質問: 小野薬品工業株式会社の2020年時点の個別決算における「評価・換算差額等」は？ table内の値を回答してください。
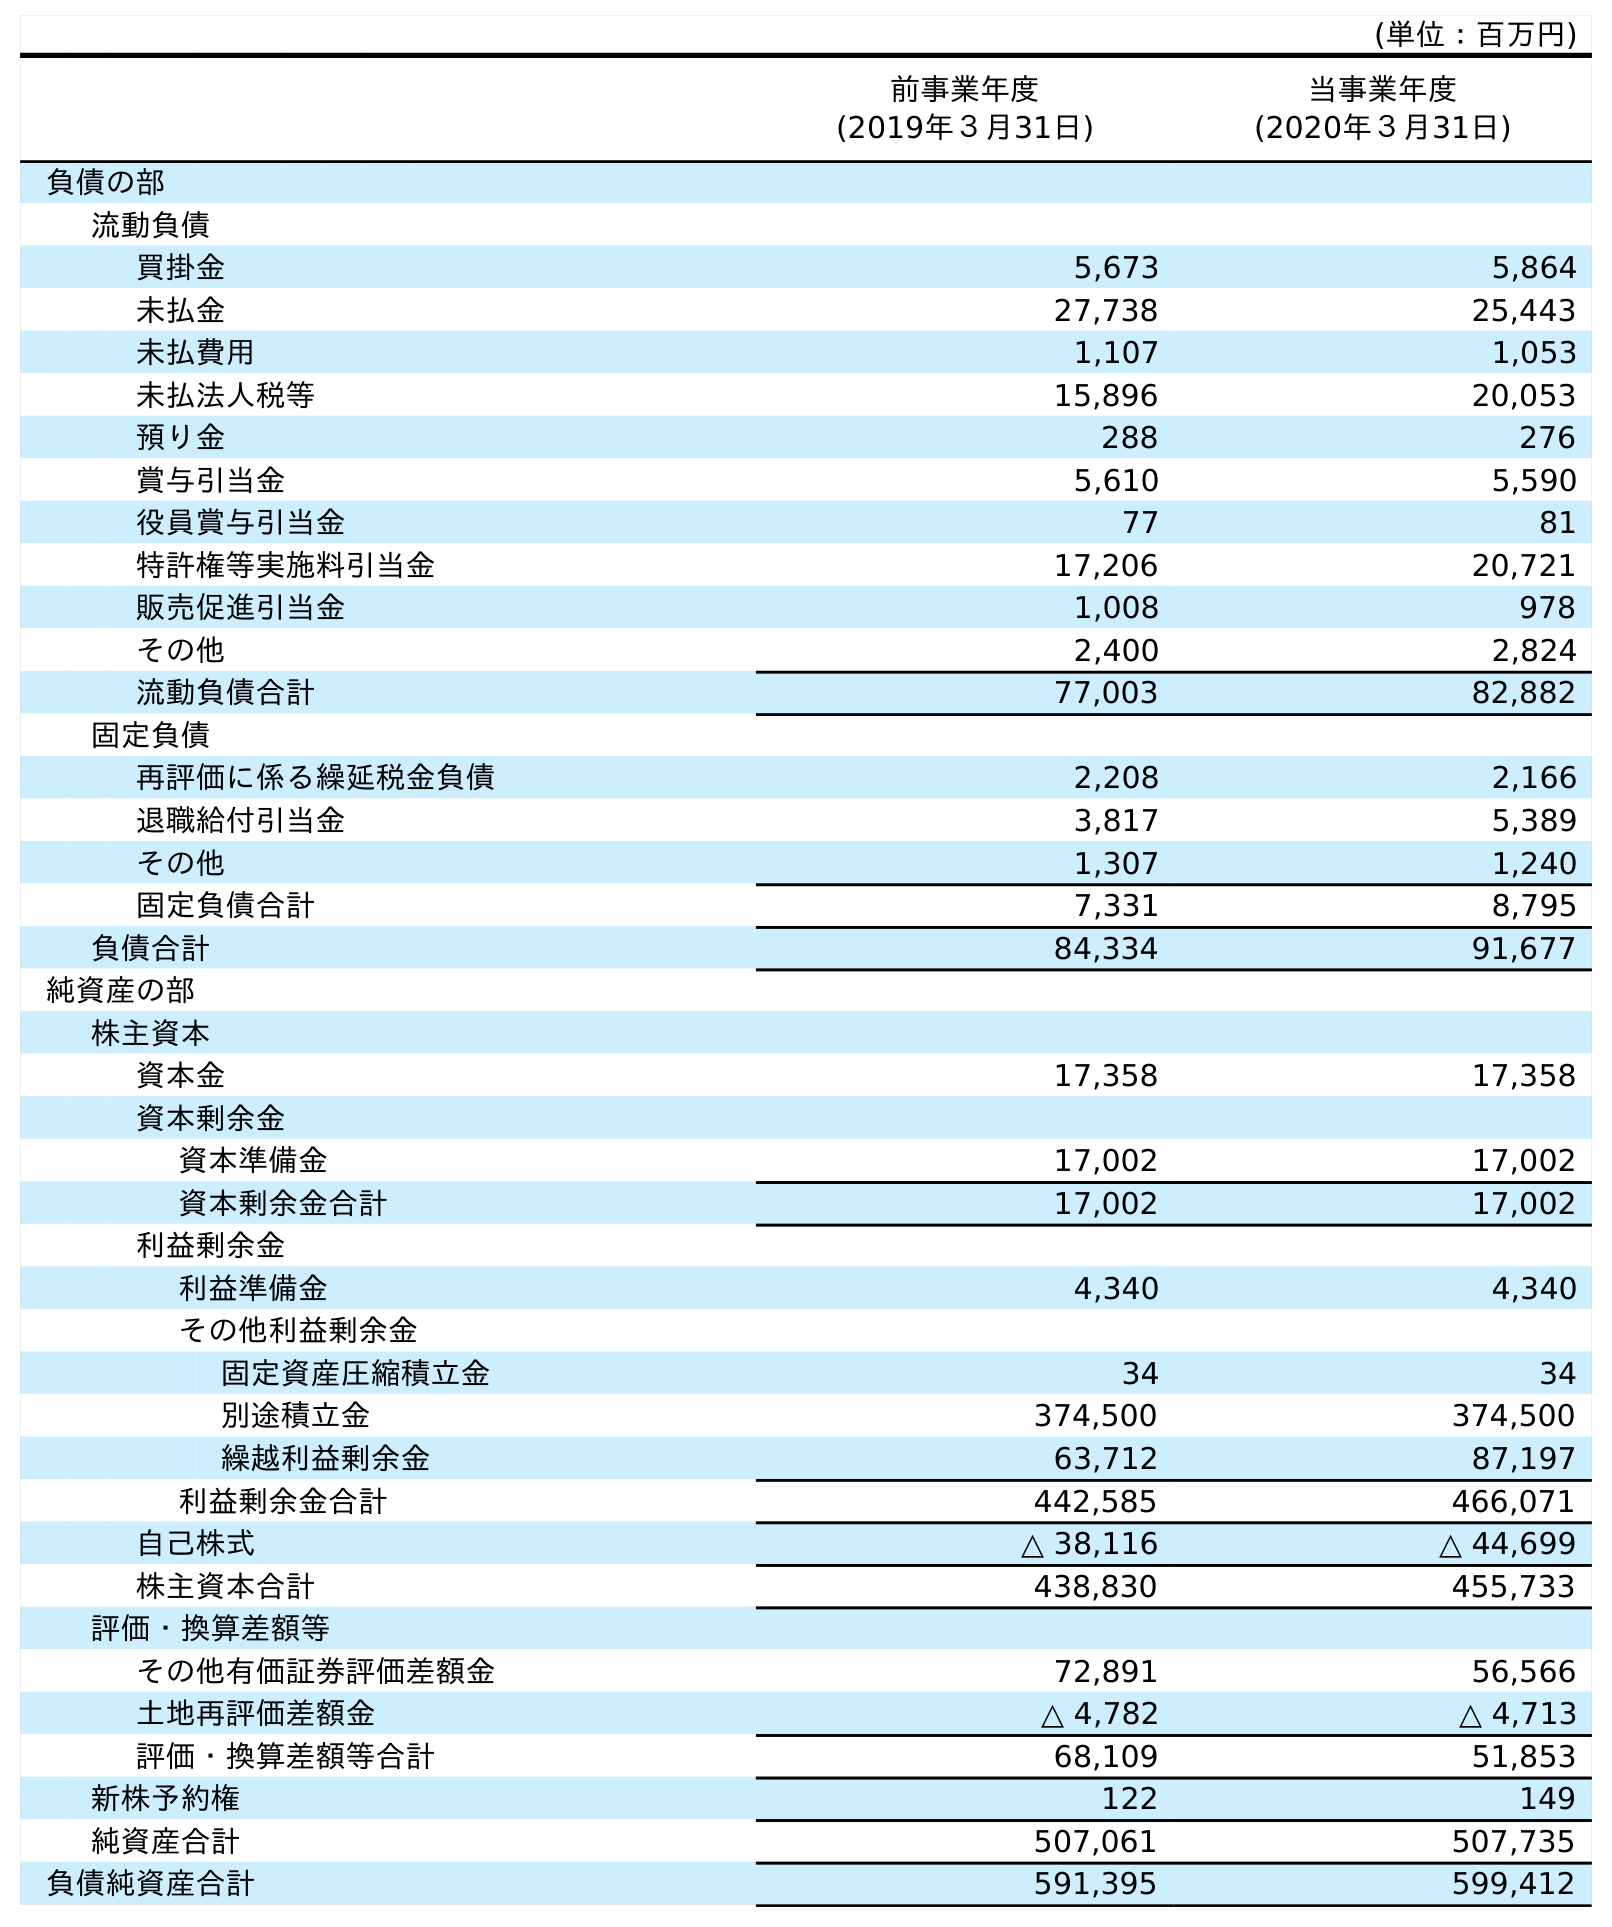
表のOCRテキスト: (単位：百万円) 前事業年度 (2019年３月31日) 当事業年度 (2020年３月31日) 負債の部 流動負債 買掛金 5,673 5,864 未払金 27,738 25,443 未払費用 1,107 1,053 未払法人税等 15,896 20,053 預り金 288 276 賞与引当金 5,610 5,590 役員賞与引当金 77 81 特許権等実施料引当金 17,206 20,721 販売促進引当金 1,008 978 その他 2,400 2,824 流動負債合計 77,003 82,882 固定負債 再評価に係る繰延税金負債 2,208 2,166 退職給付引当金 3,817 5,389 その他 1,307 1,240 固定負債合計 7,331 8,795 負債合計 84,334 91,677 純資産の部 株主資本 資本金 17,358 17,358 資本剰余金 資本準備金 17,002 17,002 資本剰余金合計 17,002 17,002 利益剰余金 利益準備金 4,340 4,340 その他利益剰余金 固定資産圧縮積立金 34 34 別途積立金 374,500 374,500 繰越利益剰余金 63,712 87,197 利益剰余金合計 442,585 466,071 自己株式 △ 38,116 △ 44,699 株主資本合計 438,830 455,733 評価・換算差額等 その他有価証券評価差額金 72,891 56,566 土地再評価差額金 △ 4,782 △ 4,713 評価・換算差額等合計 68,109 51,853 新株予約権 122 149 純資産合計 507,061 507,735 負債純資産合計 591,395 599,412
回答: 51,853